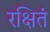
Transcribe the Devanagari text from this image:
रक्षितं